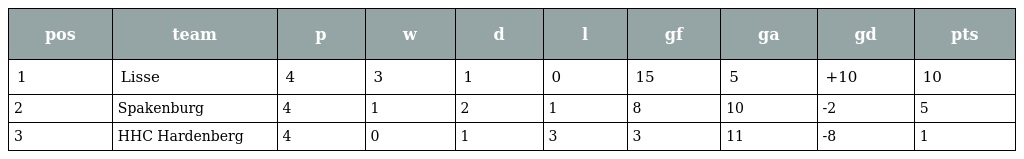
| pos | team | p | w | d | l | gf | ga | gd | pts |
 | --- | --- | --- | --- | --- | --- | --- | --- | --- | --- |
 | 1 | Lisse | 4 | 3 | 1 | 0 | 15 | 5 | +10 | 10 |
 | 2 | Spakenburg | 4 | 1 | 2 | 1 | 8 | 10 | -2 | 5 |
 | 3 | HHC Hardenberg | 4 | 0 | 1 | 3 | 3 | 11 | -8 | 1 |